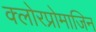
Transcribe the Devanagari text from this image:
क्लोरप्रोमाजिन